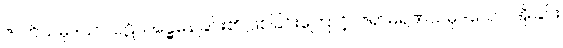
ဇာတိသမုဒယာ၊ ပဋိသန္ဓေနေခြင်း၏ ဖြစ်ခြင်းကြောင့်။ ဇရာမရဏသမုဒယော၊ အိုခြင်း